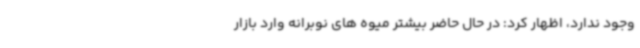
وجود ندارد، اظهار کرد: در حال حاضر بیشتر میوه های نوبرانه وارد بازار